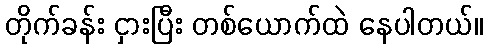
တိုက်ခန်း ငှားပြီး တစ်ယောက်ထဲ နေပါတယ်။